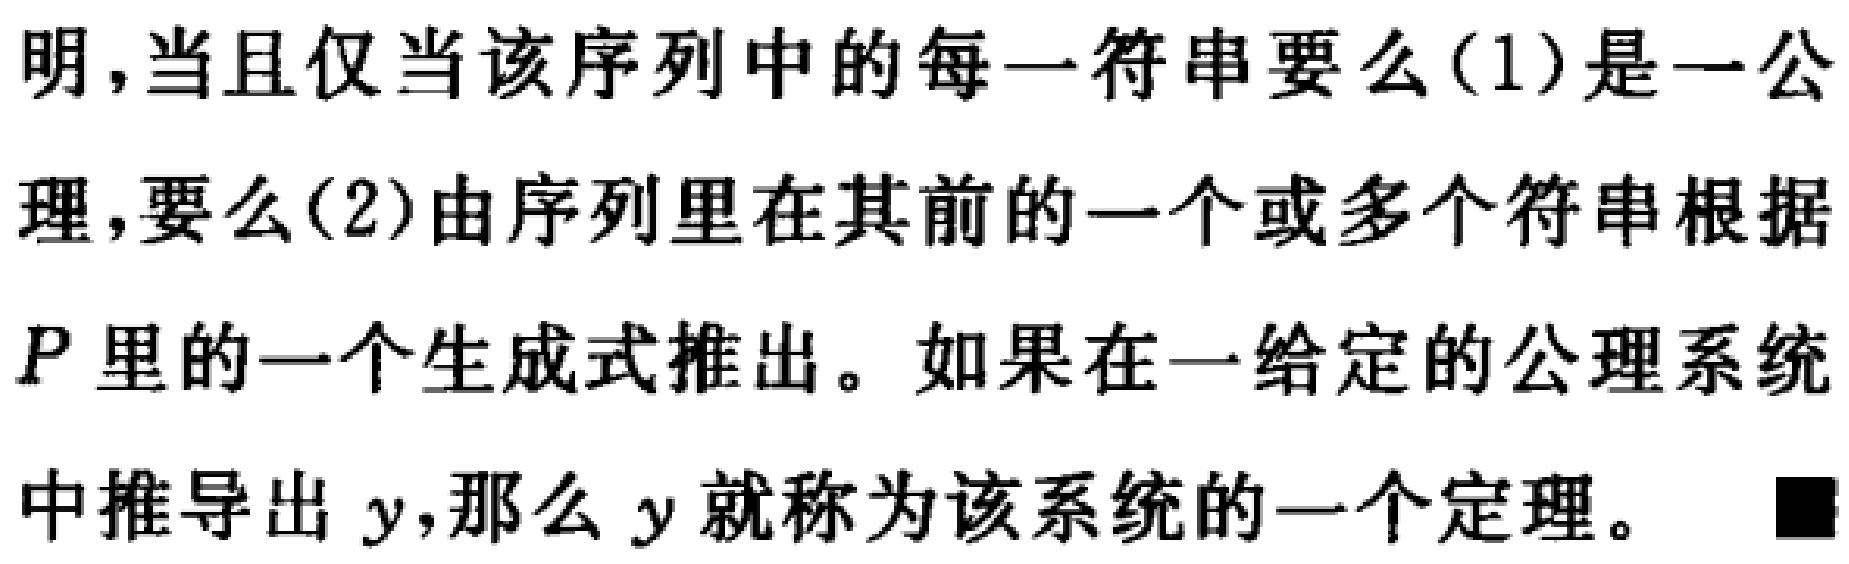
明,当且仅当该序列中的每一符串要么(1)是一公理,要么(2)由序列里在其前的一个或多个符串根据$P$里的一个生成式推出。如果在一给定的公理系统中推导出$y$,那么$y$就称为该系统的一个定理。■